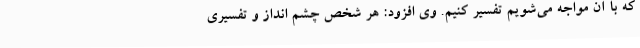
که با آن مواجه می‌شویم تفسیر کنیم. وی افزود: هر شخص چشم انداز و تفسیری